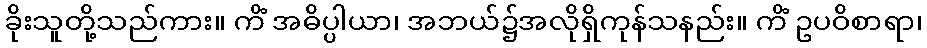
ခိုးသူတို့သည်ကား။ ကိံ အဓိပ္ပါယာ၊ အဘယ်၌အလိုရှိကုန်သနည်း။ ကိံ ဥပဝိစာရာ၊